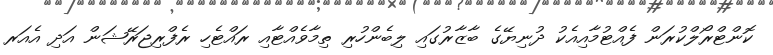
ކޮންޓްރޯލްކުރަން ފެއްޓުމާއިއެކު ދުނިޔޭގެ ބާޒާރުގައި ލިބެންހުރި ތިމާވެއްޓާއި ރައްޓެހި ރެފްރިޖަރޭޝަން އަދި އެއަރ